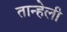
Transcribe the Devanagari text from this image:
तान्हेली